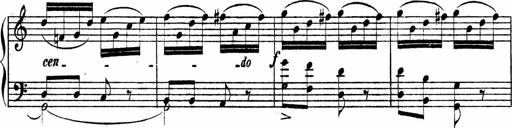
Title: Piano Sonata
Composer: Karl HÃ¤ssler
Key: C major